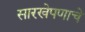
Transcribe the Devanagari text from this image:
सारखेपणाचे